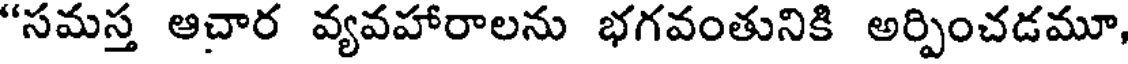
"సమస్త ఆచార వ్యవహారాలను భగవంతునికి అర్పించడమూ,